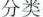
分类